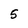
Character: 5